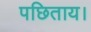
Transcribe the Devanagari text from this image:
पछिताय।